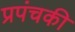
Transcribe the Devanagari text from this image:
प्रपंचकी